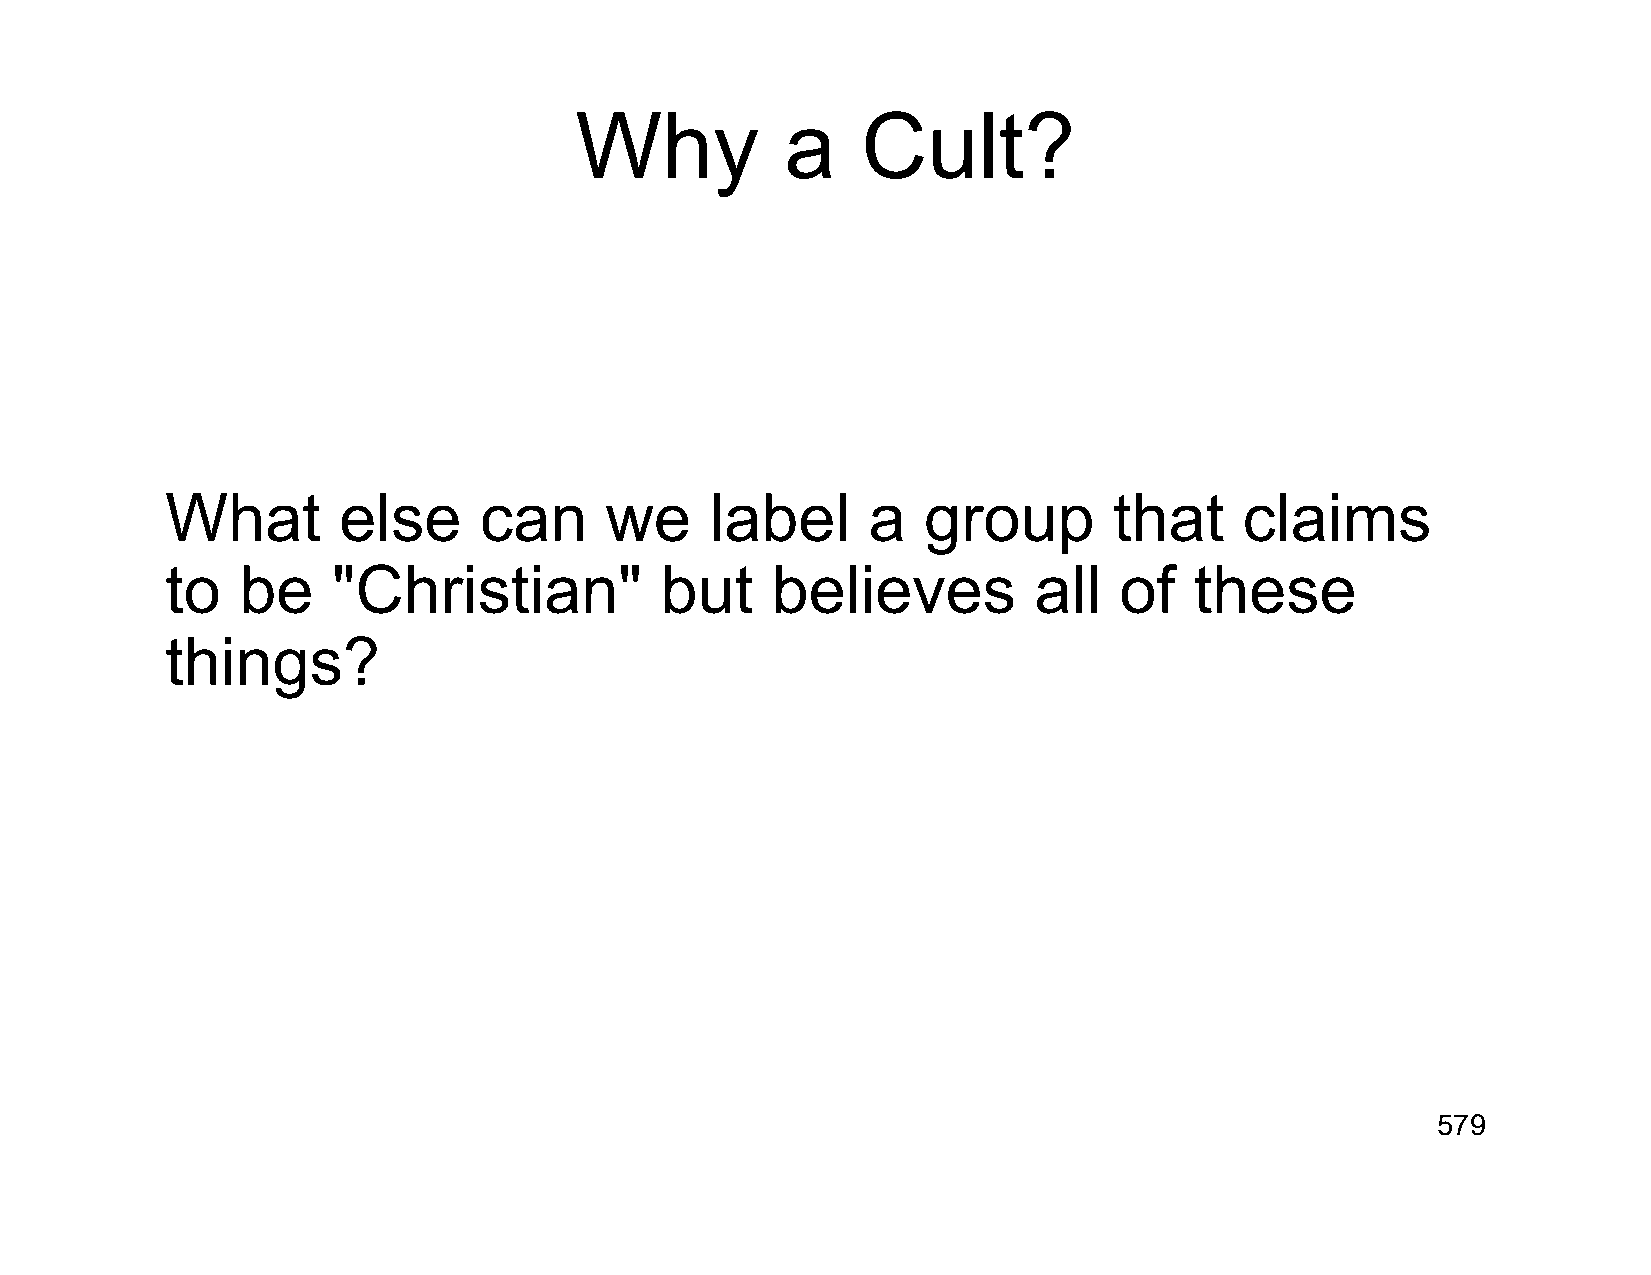
Why           a    Cult?
 What       else      can     we     label     a   group        that    claims
 to   be    "Christian"           but    believes         all   of   these
 things?
 579